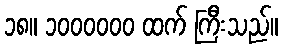
၁၈။ ၁၀၀၀၀၀၀ ထက် ကြီးသည်။